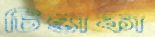
চিন্তাকা